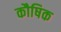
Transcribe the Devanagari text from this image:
कौषिक